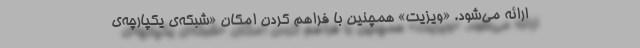
ارائه می‌شود. «ویزیت» همچنین با فراهم کردن امکان «شبکه‌ی یکپارچه‌ی